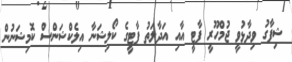
ޝިފާގު ވިދާޅުވީ ޖުމްހޫރީ ޕާޓީ އާއި އަދާލަތު ޕާޓީގެ ކޯލިޝަނާ އިލެކްޝަންސް ކޮމިޝަނުން